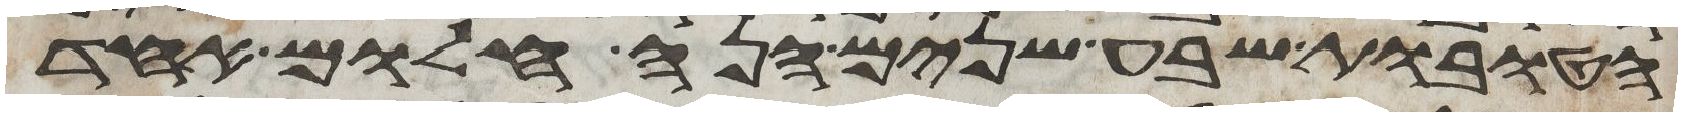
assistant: הטובות שבע שנים הנה חלום אחד